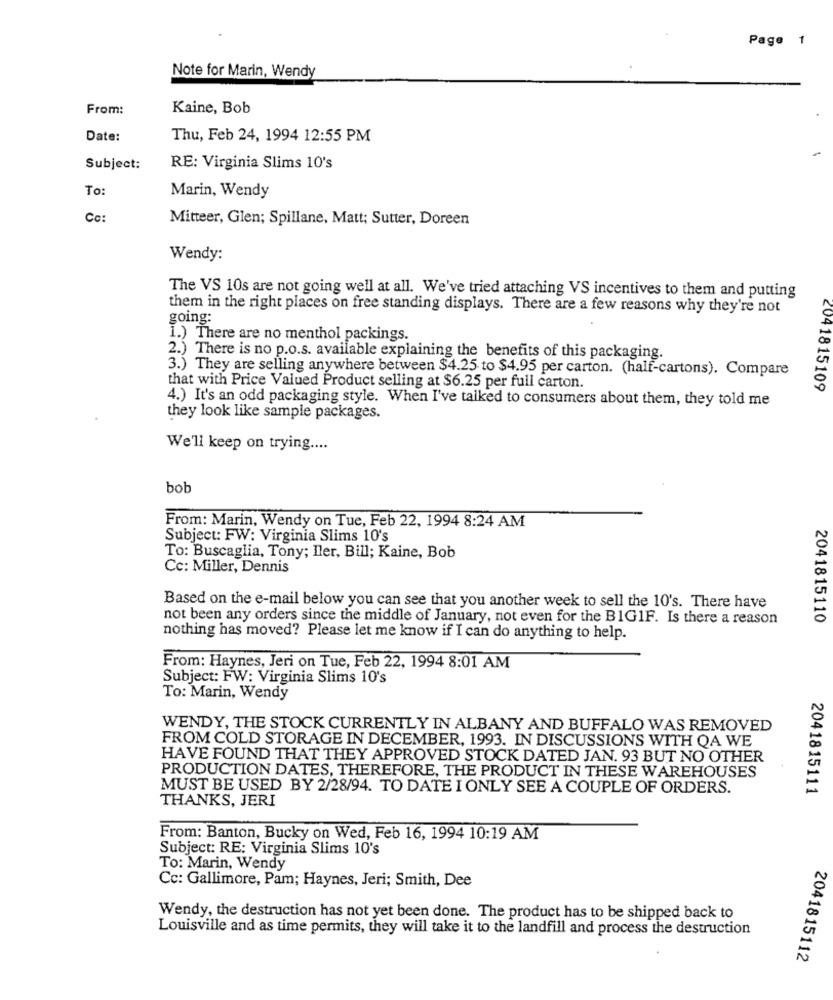
Page 1
Note for Marin, Wendy
From:
Kaine, Bob
Date:
Thu, Feb 24, 1994 12:55 PM
Subject:
RE: Virginia Slims 10's
To
Marin, Wendy
Cc:
Mitteer, Glen; Spillane, Matt; Sutter, Doreen
Wendy:
The VS 10s are not going well at all. We've tried attaching VS incentives to them and putting
them in the right places on free standing displays. There are a few reasons why they're not
going:
1.) There are no menthol packings.
2.) There is no p.o.s. available explaining the benefits of this packaging.
3.) They are selling anywhere between $4.25 to $4.95 per carton. (half-cartons). Compare
that with Price Valued Product selling at $6.25 per full carton.
2041815109
4.) It's an odd packaging style. When I've talked to consumers about them, they told me
they look like sample packages.
We'll keep on trying ....
bob
From: Marin, Wendy on Tue, Feb 22, 1994 8:24 AM
Subject: FW: Virginia Slims 10's
To: Buscaglia, Tony; ller, Bill; Kaine, Bob
Cc: Miller, Dennis
Based on the e-mail below you can see that you another week to sell the 10's. There have
not been any orders since the middle of January, not even for the BIG1F. Is there a reason
2041815110
nothing has moved? Please let me know if I can do anything to help.
From: Haynes, Jeri on Tue, Feb 22, 1994 8:01 AM
Subject: FW: Virginia Slims 10's
To: Marin, Wendy
WENDY, THE STOCK CURRENTLY IN ALBANY AND BUFFALO WAS REMOVED
FROM COLD STORAGE IN DECEMBER, 1993. IN DISCUSSIONS WITH QA WE
HAVE FOUND THAT THEY APPROVED STOCK DATED JAN. 93 BUT NO OTHER
PRODUCTION DATES, THEREFORE, THE PRODUCT IN THESE WAREHOUSES
MUST BE USED BY 2/28/94. TO DATE I ONLY SEE A COUPLE OF ORDERS.
2041815111
THANKS, JERI
From: Banton, Bucky on Wed, Feb 16, 1994 10:19 AM
Subject: RE: Virginia Slims 10's
To: Marin, Wendy
Cc: Gallimore, Pam; Haynes, Jeri; Smith, Dee
Wendy, the destruction has not yet been done. The product has to be shipped back to
Louisville and as time permits, they will take it to the landfill and process the destruction
2041815112